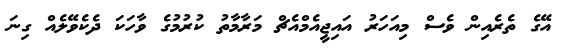
އޭގެ ތެރެއިން ވެސް މިއަހަރު އައިޖީއެމްއެޗް މަރާމާތު ކުރުމުގެ ވާހަކަ ދެކެވޭލެއް ގިނަ